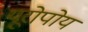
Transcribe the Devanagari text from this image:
यूरोपोय